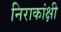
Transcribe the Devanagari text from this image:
निराकांक्षी